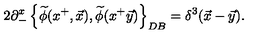
2 \partial _ { - } ^ { x } \left\{ \widetilde { \phi } ( x ^ { + } , \vec { x } ) , \widetilde { \phi } ( x ^ { + } \vec { y } ) \right\} _ { D B } = \delta ^ { 3 } ( \vec { x } - \vec { y } ) .